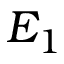
E _ { 1 }